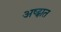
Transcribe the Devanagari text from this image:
अष्ट्मात